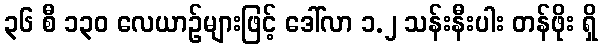
၃၆ စီ ၁၃၀ လေယာဉ်များဖြင့် ဒေါ်လာ ၁.၂ သန်းနီးပါး တန်ဖိုး ရှိ